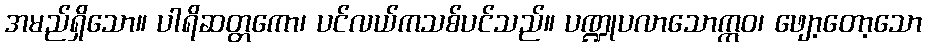
အမည်ရှိသော။ ပါရိဆတ္တကော၊ ပင်လယ်ကသစ်ပင်သည်။ ပဏ္ဍုပလာသောဣဝ၊ ဖျော့တော့သော